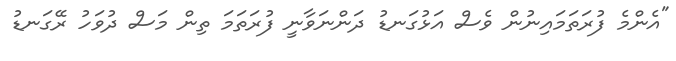
"އެންމެ ފުރަތަމައިނުން ވެސް އަޅުގަނޑު ދަންނަވާނީ ފުރަތަމަ ތިން މަސް ދުވަހު ރޭގަނޑު